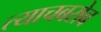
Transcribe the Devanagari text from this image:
त्याचबरोब